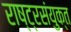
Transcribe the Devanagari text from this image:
राष्ट्रसंयुक्त